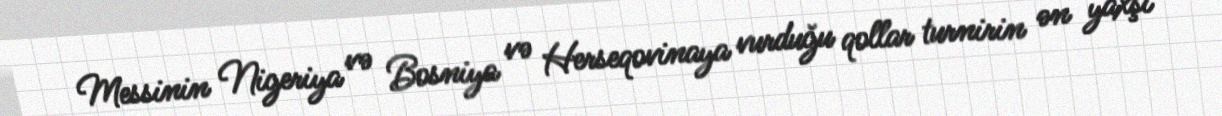
Messinin Nigeriya və Bosniya və Herseqovinaya vurduğu qollar turnirin ən yaxşı